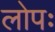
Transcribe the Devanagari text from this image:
लोपः